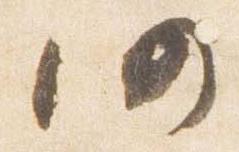
仍